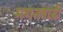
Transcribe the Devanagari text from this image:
मगनवाड़ी